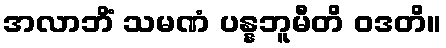
အလာဘိံ သမဏံ ပန္နဘူမီတိ ဝဒတိ။